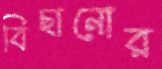
বিছানোর